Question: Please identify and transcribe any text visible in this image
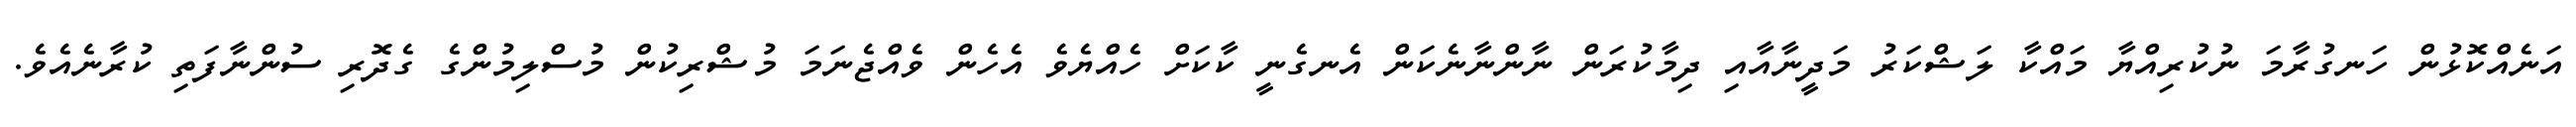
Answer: އަނެއްކޮޅުން ހަނގުރާމަ ނުކުރިއްޔާ މައްކާ ލަޝްކަރު މަދީނާއާއި ދިމާކުރަން ނާންނާނެކަން އެނގެނީ ކާކަށް ހެއްޔެވެ އެހެން ވެއްޖެނަމަ މުޝްރިކުން މުސްލިމުންގެ ގެދޮރި ސުންނާފަތި ކުރާނެއެވެ.